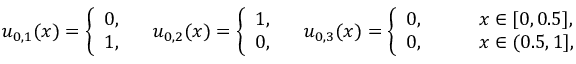
\begin{array} { r } { { u } _ { 0 , 1 } ( x ) = \left\{ \begin{array} { l l } { 0 , } \\ { 1 , } \end{array} \right. \quad { u } _ { 0 , 2 } ( x ) = \left\{ \begin{array} { l l } { 1 , } \\ { 0 , } \end{array} \right. \quad { u } _ { 0 , 3 } ( x ) = \left\{ \begin{array} { l l } { 0 , } & { \qquad x \in [ 0 , 0 . 5 ] , } \\ { 0 , } & { \qquad x \in ( 0 . 5 , 1 ] , } \end{array} \right. } \end{array}